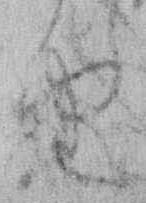
由